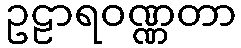
ဥဠာရဝဏ္ဏတာ